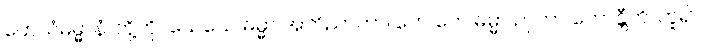
တေသံဓမ္မာနံ၊ တို့ကို။ ယေယေ ဓမ္မာ အဘိညာတာ၊ တေ တေ ဓမ္မာ ဉာတာ ဟောန္တီတိ၊ ဟူ၍။